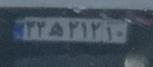
۳۳ه۲۱۲۱۰